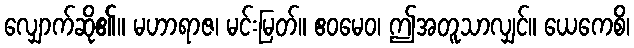
လျှောက်ဆို၏။ မဟာရာဇ၊ မင်းမြတ်။ ဧဝမေဝ၊ ဤအတူသာလျှင်။ ယေကေစိ၊